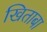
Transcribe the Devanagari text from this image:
खिताबा